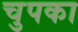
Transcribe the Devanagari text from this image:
चुपका